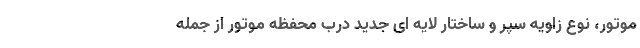
موتور، نوع زاویه سپر و ساختار لایه ای جدید درب محفظه موتور از جمله